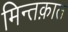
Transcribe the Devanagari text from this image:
मिन्तक़ात